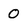
Character: 0